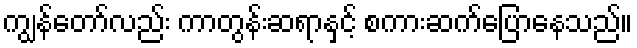
ကျွန်တော်လည်း ကာတွန်းဆရာနှင့် စကားဆက်ပြောနေသည်။